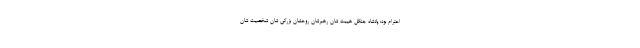
احترام بود: پادشاه جنگل هیبت شان رهبرشان روحشان بزرگی شان شخصیت شان